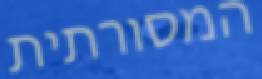
המסורתית